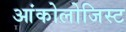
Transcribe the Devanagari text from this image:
आंकोलोजिस्ट